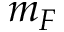
m _ { F }